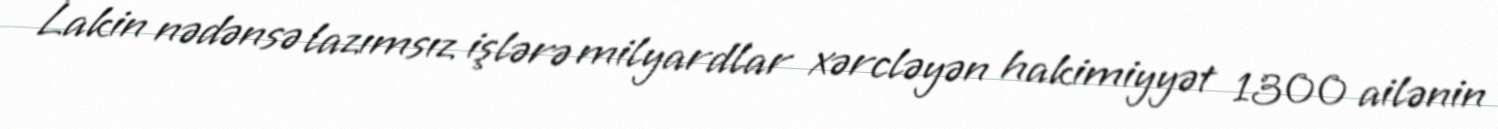
Lakin nədənsə lazımsız işlərə milyardlar xərcləyən hakimiyyət 1300 ailənin